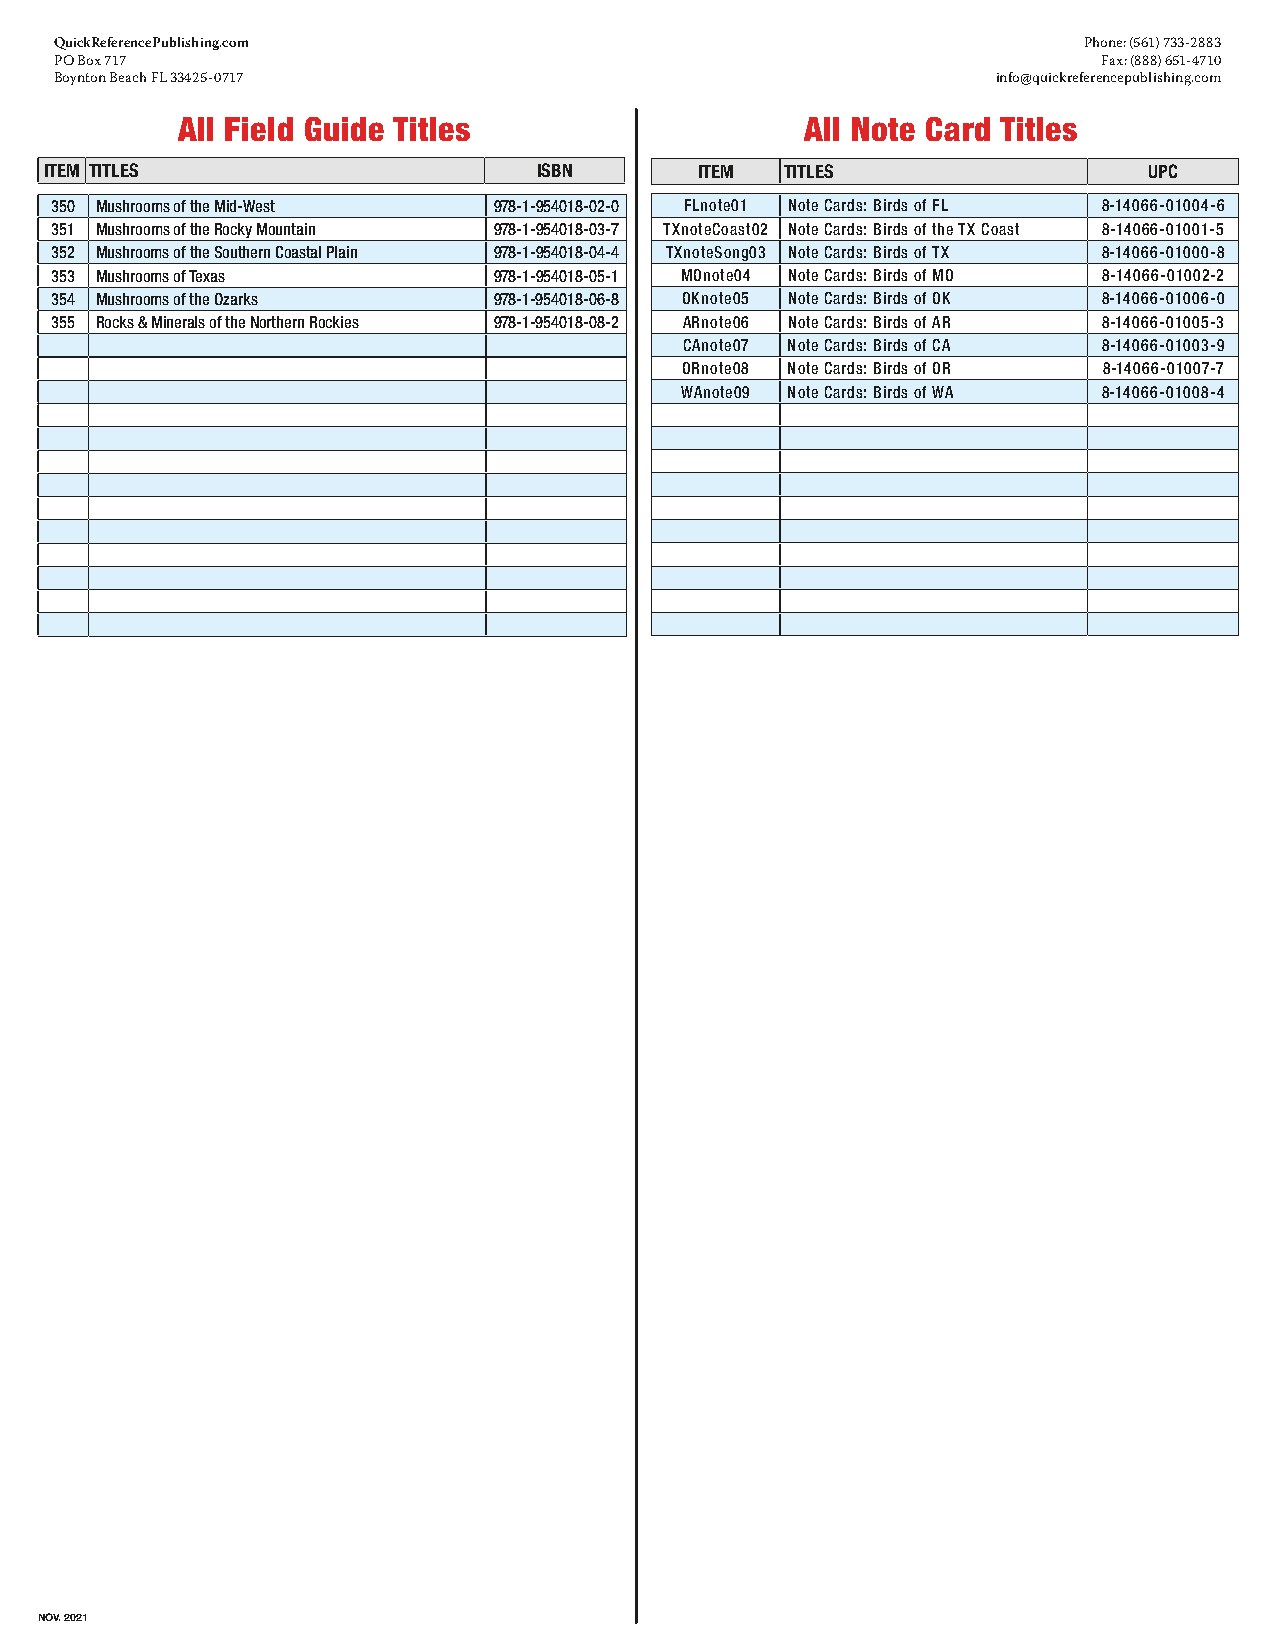
QuickReferencePublishing.com                                        Phone: (561) 733-2883
 PO Box 717                                                           Fax: (888) 651-4710
 Boynton Beach FL 33425-0717                                   info@quickreferencepublishing.com
 All Field Guide Titles                   All Note Card Titles
 ITEM TITLES                      ISBN      ITEM  TITLES                  UPC
 350 Mushrooms of the Mid-West 978-1-954018-02-0 FLnote01 Note Cards: Birds of FL 8-14066-01004-6
 351 Mushrooms of the Rocky Mountain 978-1-954018-03-7 TXnoteCoast02 Note Cards: Birds of the TX Coast 8-14066-01001-5
 352 Mushrooms of the Southern Coastal Plain 978-1-954018-04-4 TXnoteSong03 Note Cards: Birds of TX 8-14066-01000-8
 353 Mushrooms of Texas        978-1-954018-05-1 MOnote04 Note Cards: Birds of MO 8-14066-01002-2
 354 Mushrooms of the Ozarks   978-1-954018-06-8 OKnote05 Note Cards: Birds of OK 8-14066-01006-0
 355 Rocks & Minerals of the Northern Rockies 978-1-954018-08-2 ARnote06 Note Cards: Birds of AR 8-14066-01005-3
 CAnote07 Note Cards: Birds of CA 8-14066-01003-9
 ORnote08 Note Cards: Birds of OR 8-14066-01007-7
 WAnote09 Note Cards: Birds of WA 8-14066-01008-4
 NOV. 2021